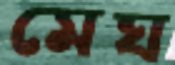
মেঘ